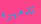
تدميره